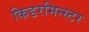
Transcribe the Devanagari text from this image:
किडरमिन्स्टर